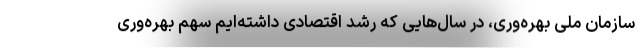
سازمان ملی بهره‌وری، در سال‌هایی که رشد اقتصادی داشته‌ایم سهم بهره‌وری